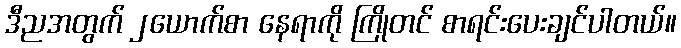
ဒီညအတွက် ၂ယောက်စာ နေရာကို ကြိုတင် စာရင်းပေးချင်ပါတယ်။